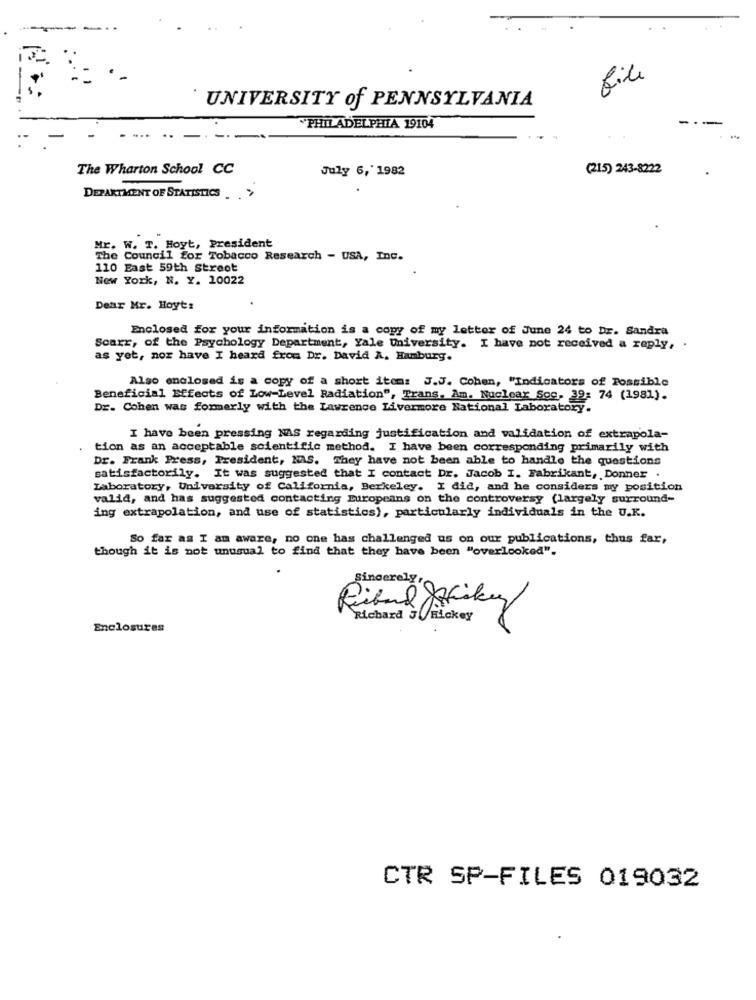
file
` UNIVERSITY of PENNSYLVANIA
PHILADELPHIA 19104
The Wharton School CC
July 6, 1982
(215) 243-8222
DEPARTMENT OF STATISTICS >
ME. W. T. Hoyt, President
The Council for Tobacco Research - USA, Inc.
110 East 59th Street
New York, N. Y. 10022
Dear Mr. Hoyt:
Enclosed for your information is a copy of my letter of June 24 to Dr. Sandra
Scarr, of the Psychology Department, Yale University. I have not received a reply, .
as yet, nor have I heard from Dr. David A, Hamburg.
Also enclosed is a copy of a short item: J.J. Cohen, "Indicators of Possible
Beneficial Effects of Low-Level Radiation", Trans. Am. Nuclear Soc. 39: 74 (1981).
Dr. Cohen was formerly with the Lawrence Livermore National Laboratory.
I have been pressing NAS regarding justification and validation of extrapola-
tion as an acceptable scientific method. I have been corresponding primarily with
Dr. Frank Press, President, MAS. They have not been able to handle the questions
satisfactorily. It was suggested that I contact Dr. Jacob I. Fabrikant, Donner .
Laboratory, University of California, Berkeley. I dia, and he considers my position
valid, and has suggested contacting Europeans on the controversy (largely surround-
ing extrapolation, and use of statistics), particularly individuals in the U.K.
So far as I am aware, no one has challenged us on our publications, thus far,
though it is not unusual to find that they have been "overlooked".
Sincerely.
Riband Stikey
Richard JRickey
Enclosures
CTR SP-FILES 019032